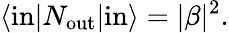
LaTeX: \langle\mathrm{in}|N_{\mathrm{out}}|\mathrm{in}\rangle=|\beta|^{2}.